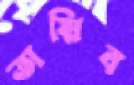
তায়িব